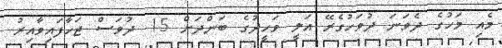
މެއި މަހުގެ ދެވަނަ ދުވަހުގެރޭ އަލީ ވަހީދުގެ ބަންދަށް 15 ދުވަސް ޖަހާފައިވާއިރު